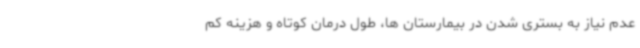
عدم نیاز به بستری شدن در بیمارستان ها، طول درمان کوتاه و هزینه کم